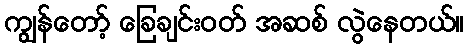
ကျွန်တော့် ခြေချင်းဝတ် အဆစ် လွဲနေတယ်။